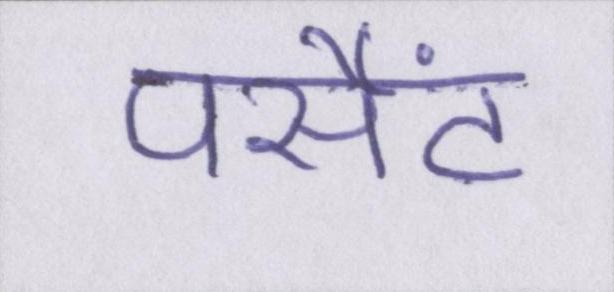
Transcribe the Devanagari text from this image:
पर्सेंट